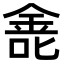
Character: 𫒐